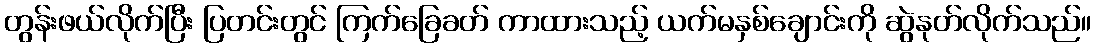
တွန်းဖယ်လိုက်ပြီး ပြတင်းတွင် ကြက်ခြေခတ် ကာထားသည့် ယက်မနှစ်ချောင်းကို ဆွဲနုတ်လိုက်သည်။